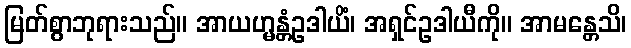
မြတ်စွာဘုရားသည်။ အာယဟ္မန္တံဥဒါယိံ၊ အရှင်ဥဒါယီကို။ အာမန္တေသိ၊